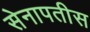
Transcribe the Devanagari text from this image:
सेनापतीस